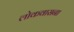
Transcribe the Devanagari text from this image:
लोकवासना